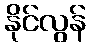
နိုင်လွန်